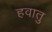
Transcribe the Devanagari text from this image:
हवातु